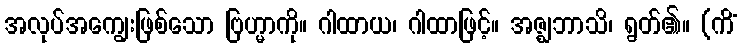
အလုပ်အကျွေးဖြစ်သော ဗြဟ္မာကို။ ဂါထာယ၊ ဂါထာဖြင့်။ အဇ္ဈဘာသိ၊ ရွတ်၏။ (ကိံ